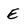
Character: E